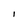
Character: I